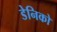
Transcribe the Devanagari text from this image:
डेनिको